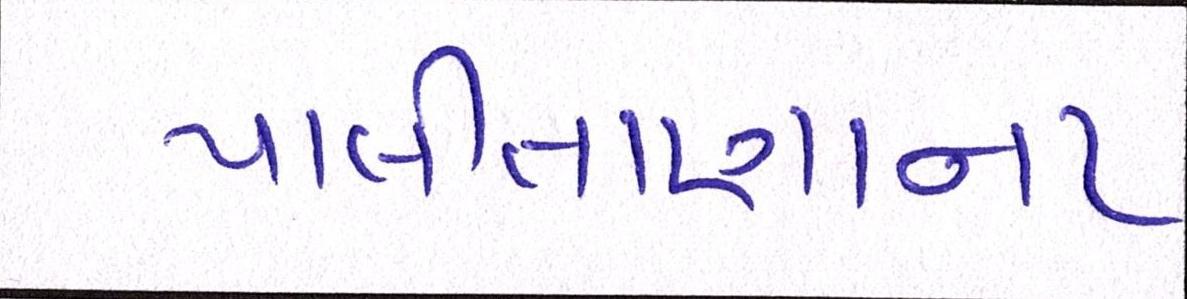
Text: પાલીતાણાના